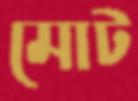
মোট